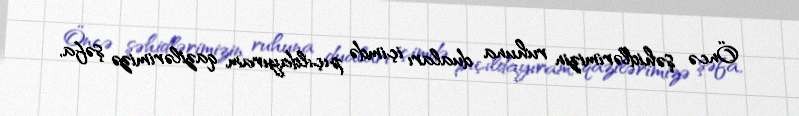
Öncə şəhidlərimizin ruhuna duaları içimdə pıçıldayıram, qazilərimizə şəfa,